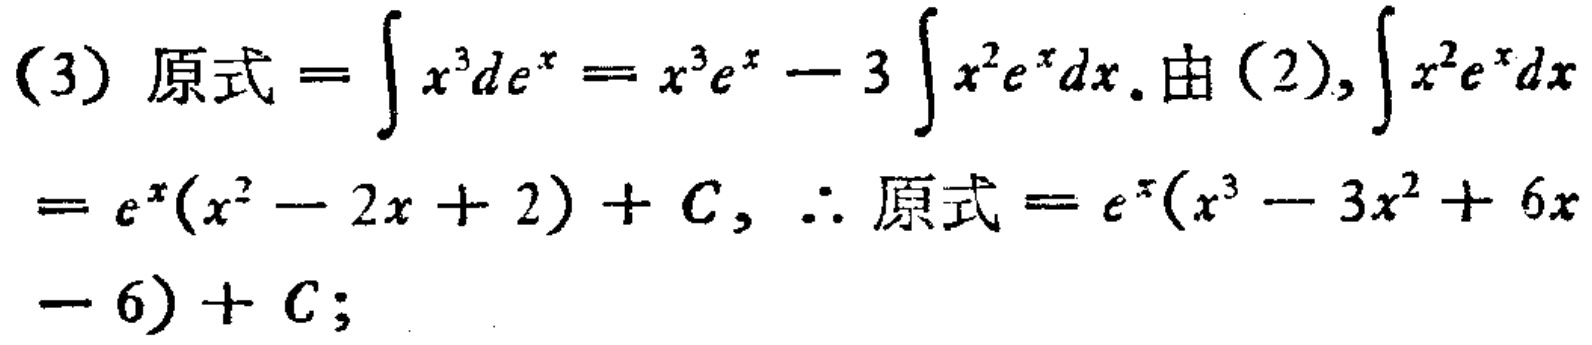
(3) 原式 \(=\int x^{3}de^{x}=x^{3}e^{x}-3\int x^{2}e^{x}dx\). 由 (2), \(\int x^{2}e^{x}dx\)
\(=e^{x}(x^{2}-2x + 2)+C\), \(\therefore\) 原式 \(=e^{x}(x^{3}-3x^{2}+6x - 6)+C\);